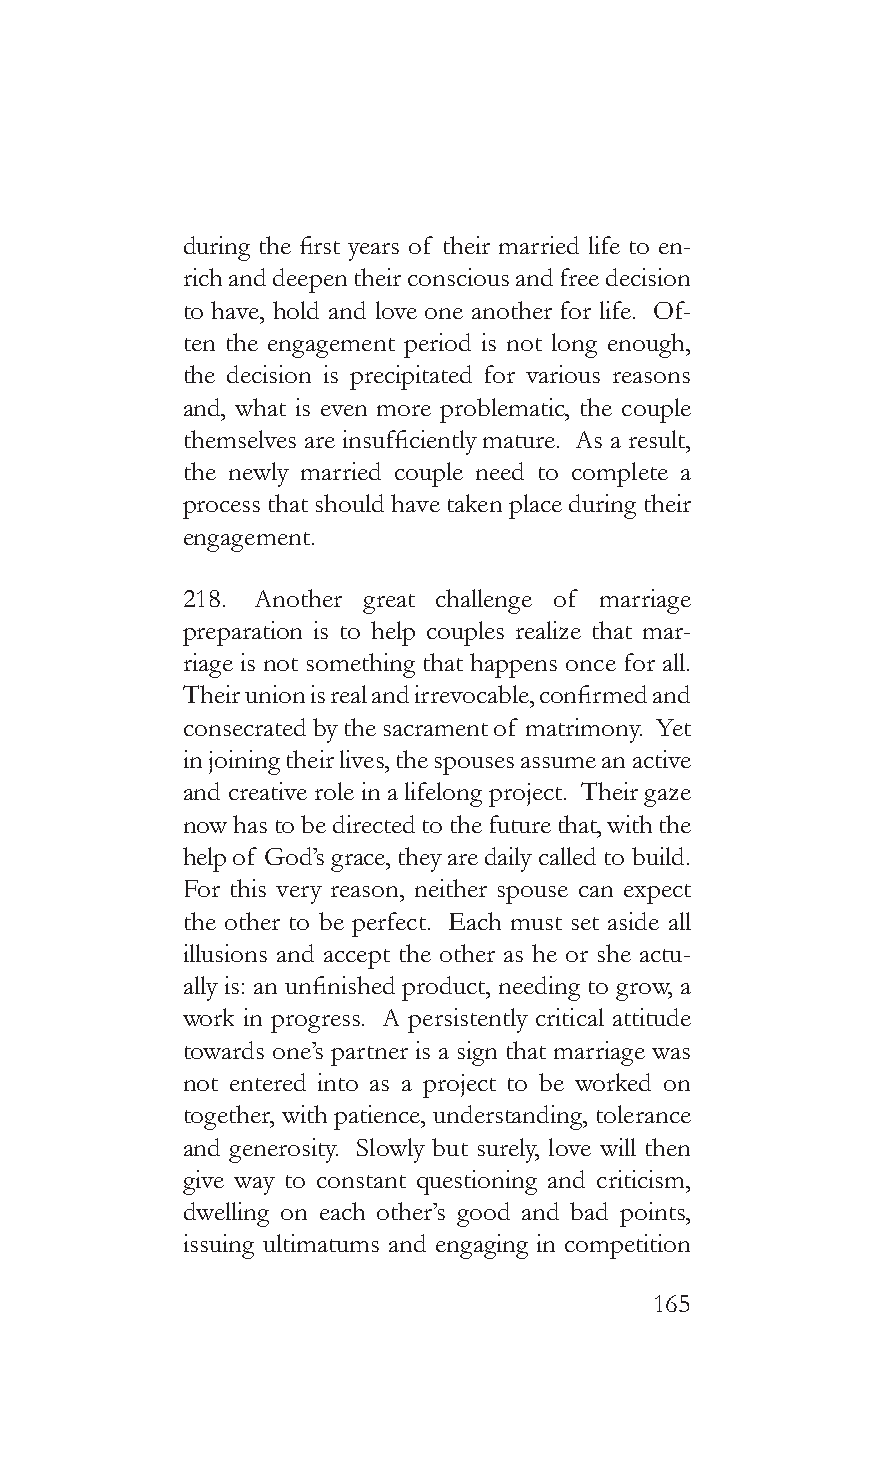
during the first years of their married life to en-
 rich and deepen their conscious and free decision
 to have, hold and love one another for life. Of-
 ten the engagement period is not long enough,
 the decision is precipitated for various reasons
 and, what is even more problematic, the couple
 themselves are insufficiently mature. As a result,
 the newly married couple need to complete a
 process that should have taken place during their
 engagement.
 218. Another great challenge of marriage
 preparation is to help couples realize that mar-
 riage is not something that happens once for all.
 Their union is real and irrevocable, confirmed and
 consecrated by the sacrament of matrimony. Yet
 in joining their lives, the spouses assume an active
 and creative role in a lifelong project. Their gaze
 now has to be directed to the future that, with the
 help of God’s grace, they are daily called to build.
 For this very reason, neither spouse can expect
 the other to be perfect. Each must set aside all
 illusions and accept the other as he or she actu-
 ally is: an unfinished product, needing to grow, a
 work in progress. A persistently critical attitude
 towards one’s partner is a sign that marriage was
 not entered into as a project to be worked on
 together, with patience, understanding, tolerance
 and generosity. Slowly but surely, love will then
 give way to constant questioning and criticism,
 dwelling on each other’s good and bad points,
 issuing ultimatums and engaging in competition
 165